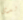
لدي